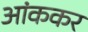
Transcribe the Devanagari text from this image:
आंककर